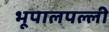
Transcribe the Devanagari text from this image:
भूपालपल्ली